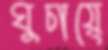
ঘুচায়ে